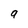
Character: a